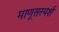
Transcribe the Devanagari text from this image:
माणूसस्पर्श